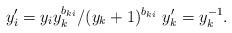
LaTeX: \begin{align*} y_i' = y_iy_k^{b_{ki}}/(y_k+1)^{b_{ki}}\ y_k' = y_k^{-1}.\end{align*}